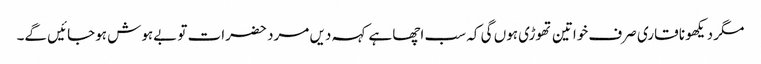
مگر دیکھو نا قاری صرف خواتین تھوڑی ہوں گی کہ سب اچھا ہے کہہ دیں مرد حضرات تو بےہوش ہوجائیں گے۔